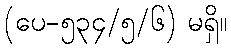
(ပေ-၅၃၄/၅/၆) မရှိ။